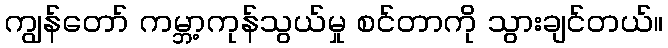
ကျွန်တော် ကမ္ဘာ့ကုန်သွယ်မှု စင်တာကို သွားချင်တယ်။